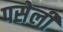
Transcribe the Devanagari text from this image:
पसेली